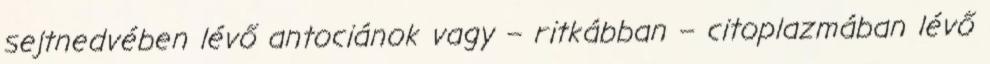
sejtnedvében lévő antociánok vagy – ritkábban – citoplazmában lévő